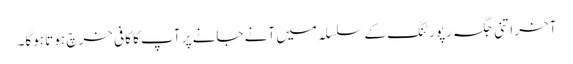
آخر اتنی جگہ رپورٹنگ کے سلسلہ میں آنے جانے پر آپ کا کافی خرچ ہوتا ہوگا۔